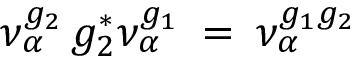
\nu _ { \alpha } ^ { g _ { 2 } } \, g _ { 2 } ^ { * } \nu _ { \alpha } ^ { g _ { 1 } } \: = \: \nu _ { \alpha } ^ { g _ { 1 } g _ { 2 } }